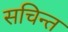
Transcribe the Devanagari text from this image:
सचिन्त